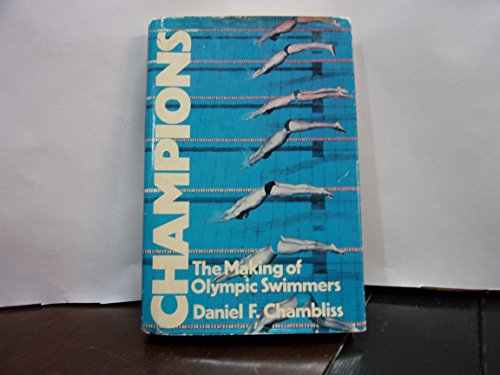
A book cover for Champions: The Making of Olympic Swimmers; Daniel F. Chambliss; Health, Fitness & Dieting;